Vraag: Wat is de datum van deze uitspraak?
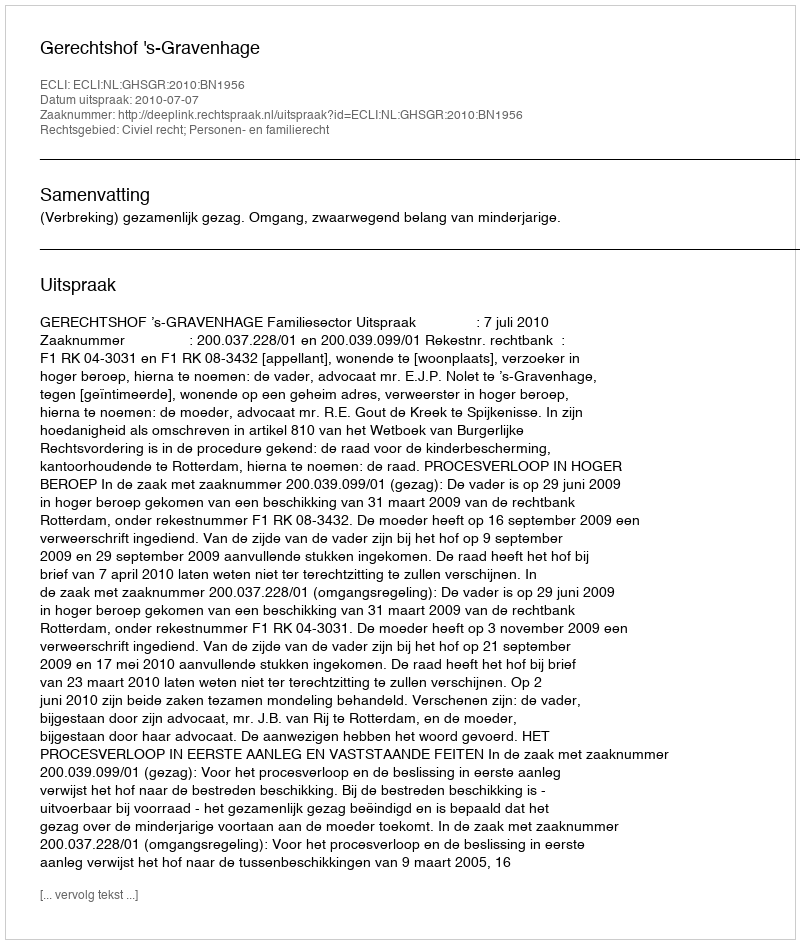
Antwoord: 2010-07-07